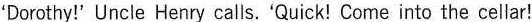
'Dorothy!'Uncle Henry calls.Quick! Come into the cellar!